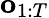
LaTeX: \mathbf{o}_{1:T}